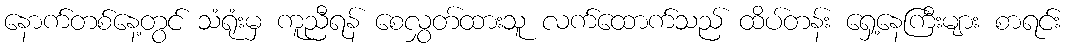
နောက်တစ်နေ့တွင် သံရုံးမှ ကူညီရန် စေလွှတ်ထားသူ လက်ထောက်သည် ထိပ်တန်း ရှေ့နေကြီးများ စာရင်း